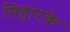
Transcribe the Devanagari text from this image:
निहारके